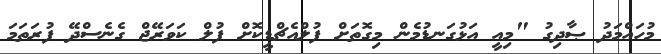
މުހައްމަދު ޞާދިގު "މިއީ އަޅުގަނޑުމެން މިގޮތަށް ފުލްއެޗްޑީކޮށް ފުލް ކަވަރޭޖް ގެނެސްދޭ ފުރަތަމަ